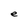
Character: e